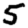
Digit: 5